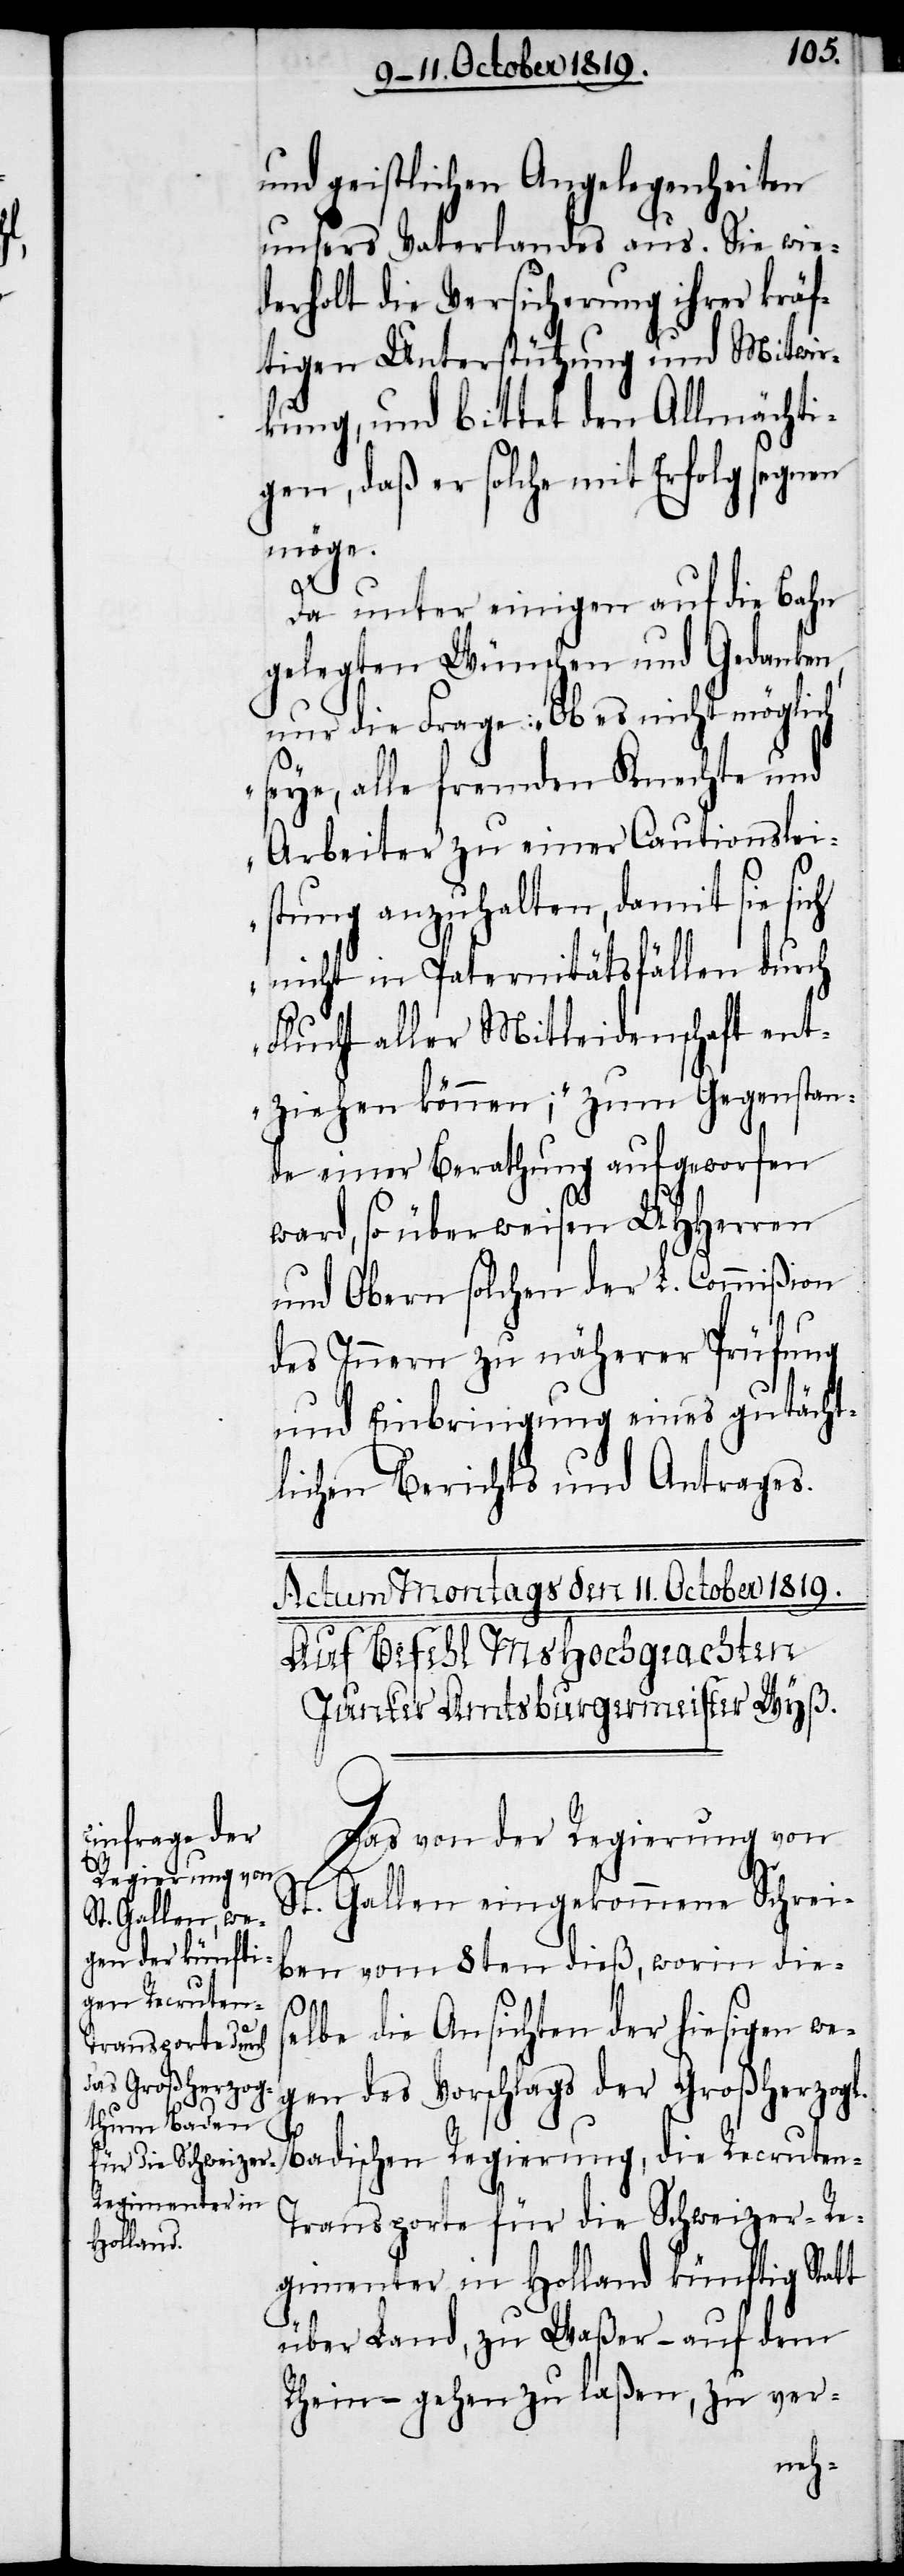
und geistlichen Angelegenheiten
unsers Vaterlandes aus. Sie wie¬
derholt die Versicherung ihrer kräf¬
tigen Unterstützung und Mitwir¬
kung, und bittet den Allmächti¬
gen, daß er solche mit Erfolg segnen
möge.
Da unter einigen auf die Bahn
gelegten Wünschen und Gedanken,
nur die Frage: „Ob es nicht möglich
seye, alle fremden Knechte und
Arbeiter zu einer Cautionslei¬
stung anzuhalten, damit sie sich
nicht in Paternitätsfällen durch
Flucht aller Mittleidenschaft ent¬
ziehen können;“ zum Gegenstan¬
de einer Berathung aufgeworfen
ward, so überweisen UHHerren
und Obern solchen der L. Commißion
des Innern zu näherer Prüfung
und Einbringung eines gutächt¬
lichen Berichts und Antrages.
Actum Montags den 11. October 1819.
Auf Befehl MsHochgeachten
Junker Amtsburgermeister Wyß.
Das von der Regierung von
St. Gallen eingekommene Schrei¬
ben vom 8ten dieß, worin dies¬
elbe die Ansichten der hiesigen we¬
gen des Vorschlags der Großherzogl.
Badischen Regierung, die Recruten-T¬
ransporte für die Schweizer-Re¬
gimenter in Holland künftig Statt
über Land, zu Waßer – auf dem
Rhein – gehen zu laßen, zu ver-